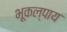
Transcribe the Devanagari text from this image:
भूकल्पाय